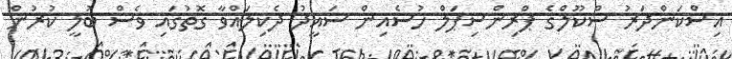
އިސްކަންދަރު ސްކޫލްގެ ޕްރިންސިޕަލް ހުސެއިން ސައީދު ދެކިލައްވާ ގޮތުގައި ވެސް ބުލީ ކުރުން